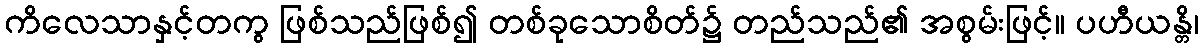
ကိလေသာနှင့်တကွ ဖြစ်သည်ဖြစ်၍ တစ်ခုသောစိတ်၌ တည်သည်၏ အစွမ်းဖြင့်။ ပဟီယန္တိ၊